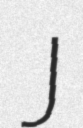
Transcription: J